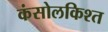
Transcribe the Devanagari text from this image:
कंसोलकिश्त